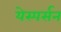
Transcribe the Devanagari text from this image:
येस्पर्सन